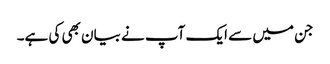
جن میں‌ سے ایک آپ نے بیان بھی کی ہے۔